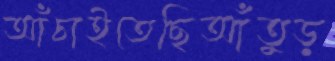
আঁচাইতেছিআঁতুড়